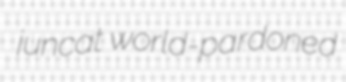
juncat world-pardoned